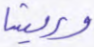
وريشا